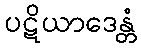
ပဋိယာဒေန္တံ